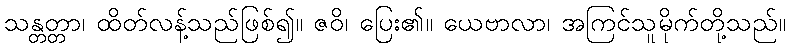
သန္တတ္တာ၊ ထိတ်လန့်သည်ဖြစ်၍။ ဇဝိ၊ ပြေး၏။ ယေဗာလာ၊ အကြင်သူမိုက်တို့သည်။